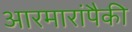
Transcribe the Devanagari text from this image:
आरमारांपैकी